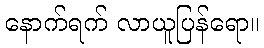
နောက်ရက် လာယူပြန်ရော။